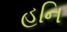
હનિ